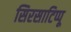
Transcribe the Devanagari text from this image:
सिरसाटिप्पू